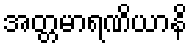
အတ္တမာရဏိယာနိ